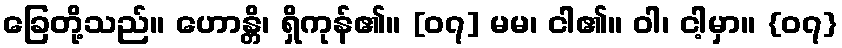
ခြေတို့သည်။ ဟောန္တိ၊ ရှိကုန်၏။ [၀၇] မမ၊ ငါ၏။ ဝါ၊ ငါ့မှာ။ {၀၇}